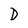
Character: D